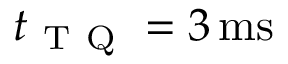
t _ { \mathrm { ~ T ~ Q ~ } } = 3 \ensuremath { \, \mathrm { m s } }